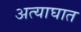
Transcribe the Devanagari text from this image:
अत्याघात